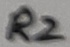
Text: R2